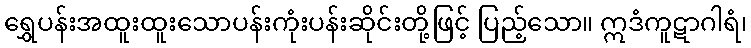
ရွှေပန်းအထူးထူးသောပန်းကုံးပန်းဆိုင်းတို့ဖြင့် ပြည့်သော။ ဣဒံကူဋာဂါရံ၊